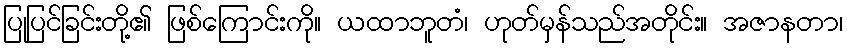
ပြုပြင်ခြင်းတို့၏ ဖြစ်ကြောင်းကို။ ယထာဘူတံ၊ ဟုတ်မှန်သည်အတိုင်း။ အဇာနတာ၊